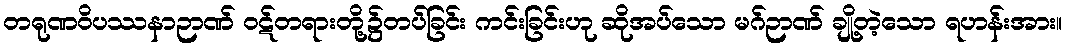
တရုဏဝိပဿနာဉာဏ် ဝဋ်တရားတို့၌တပ်ခြင်း ကင်းခြင်းဟု ဆိုအပ်သော မဂ်ဉာဏ် ချို့တဲ့သော ရဟန်းအား။